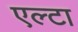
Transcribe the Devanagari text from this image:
एल्टा